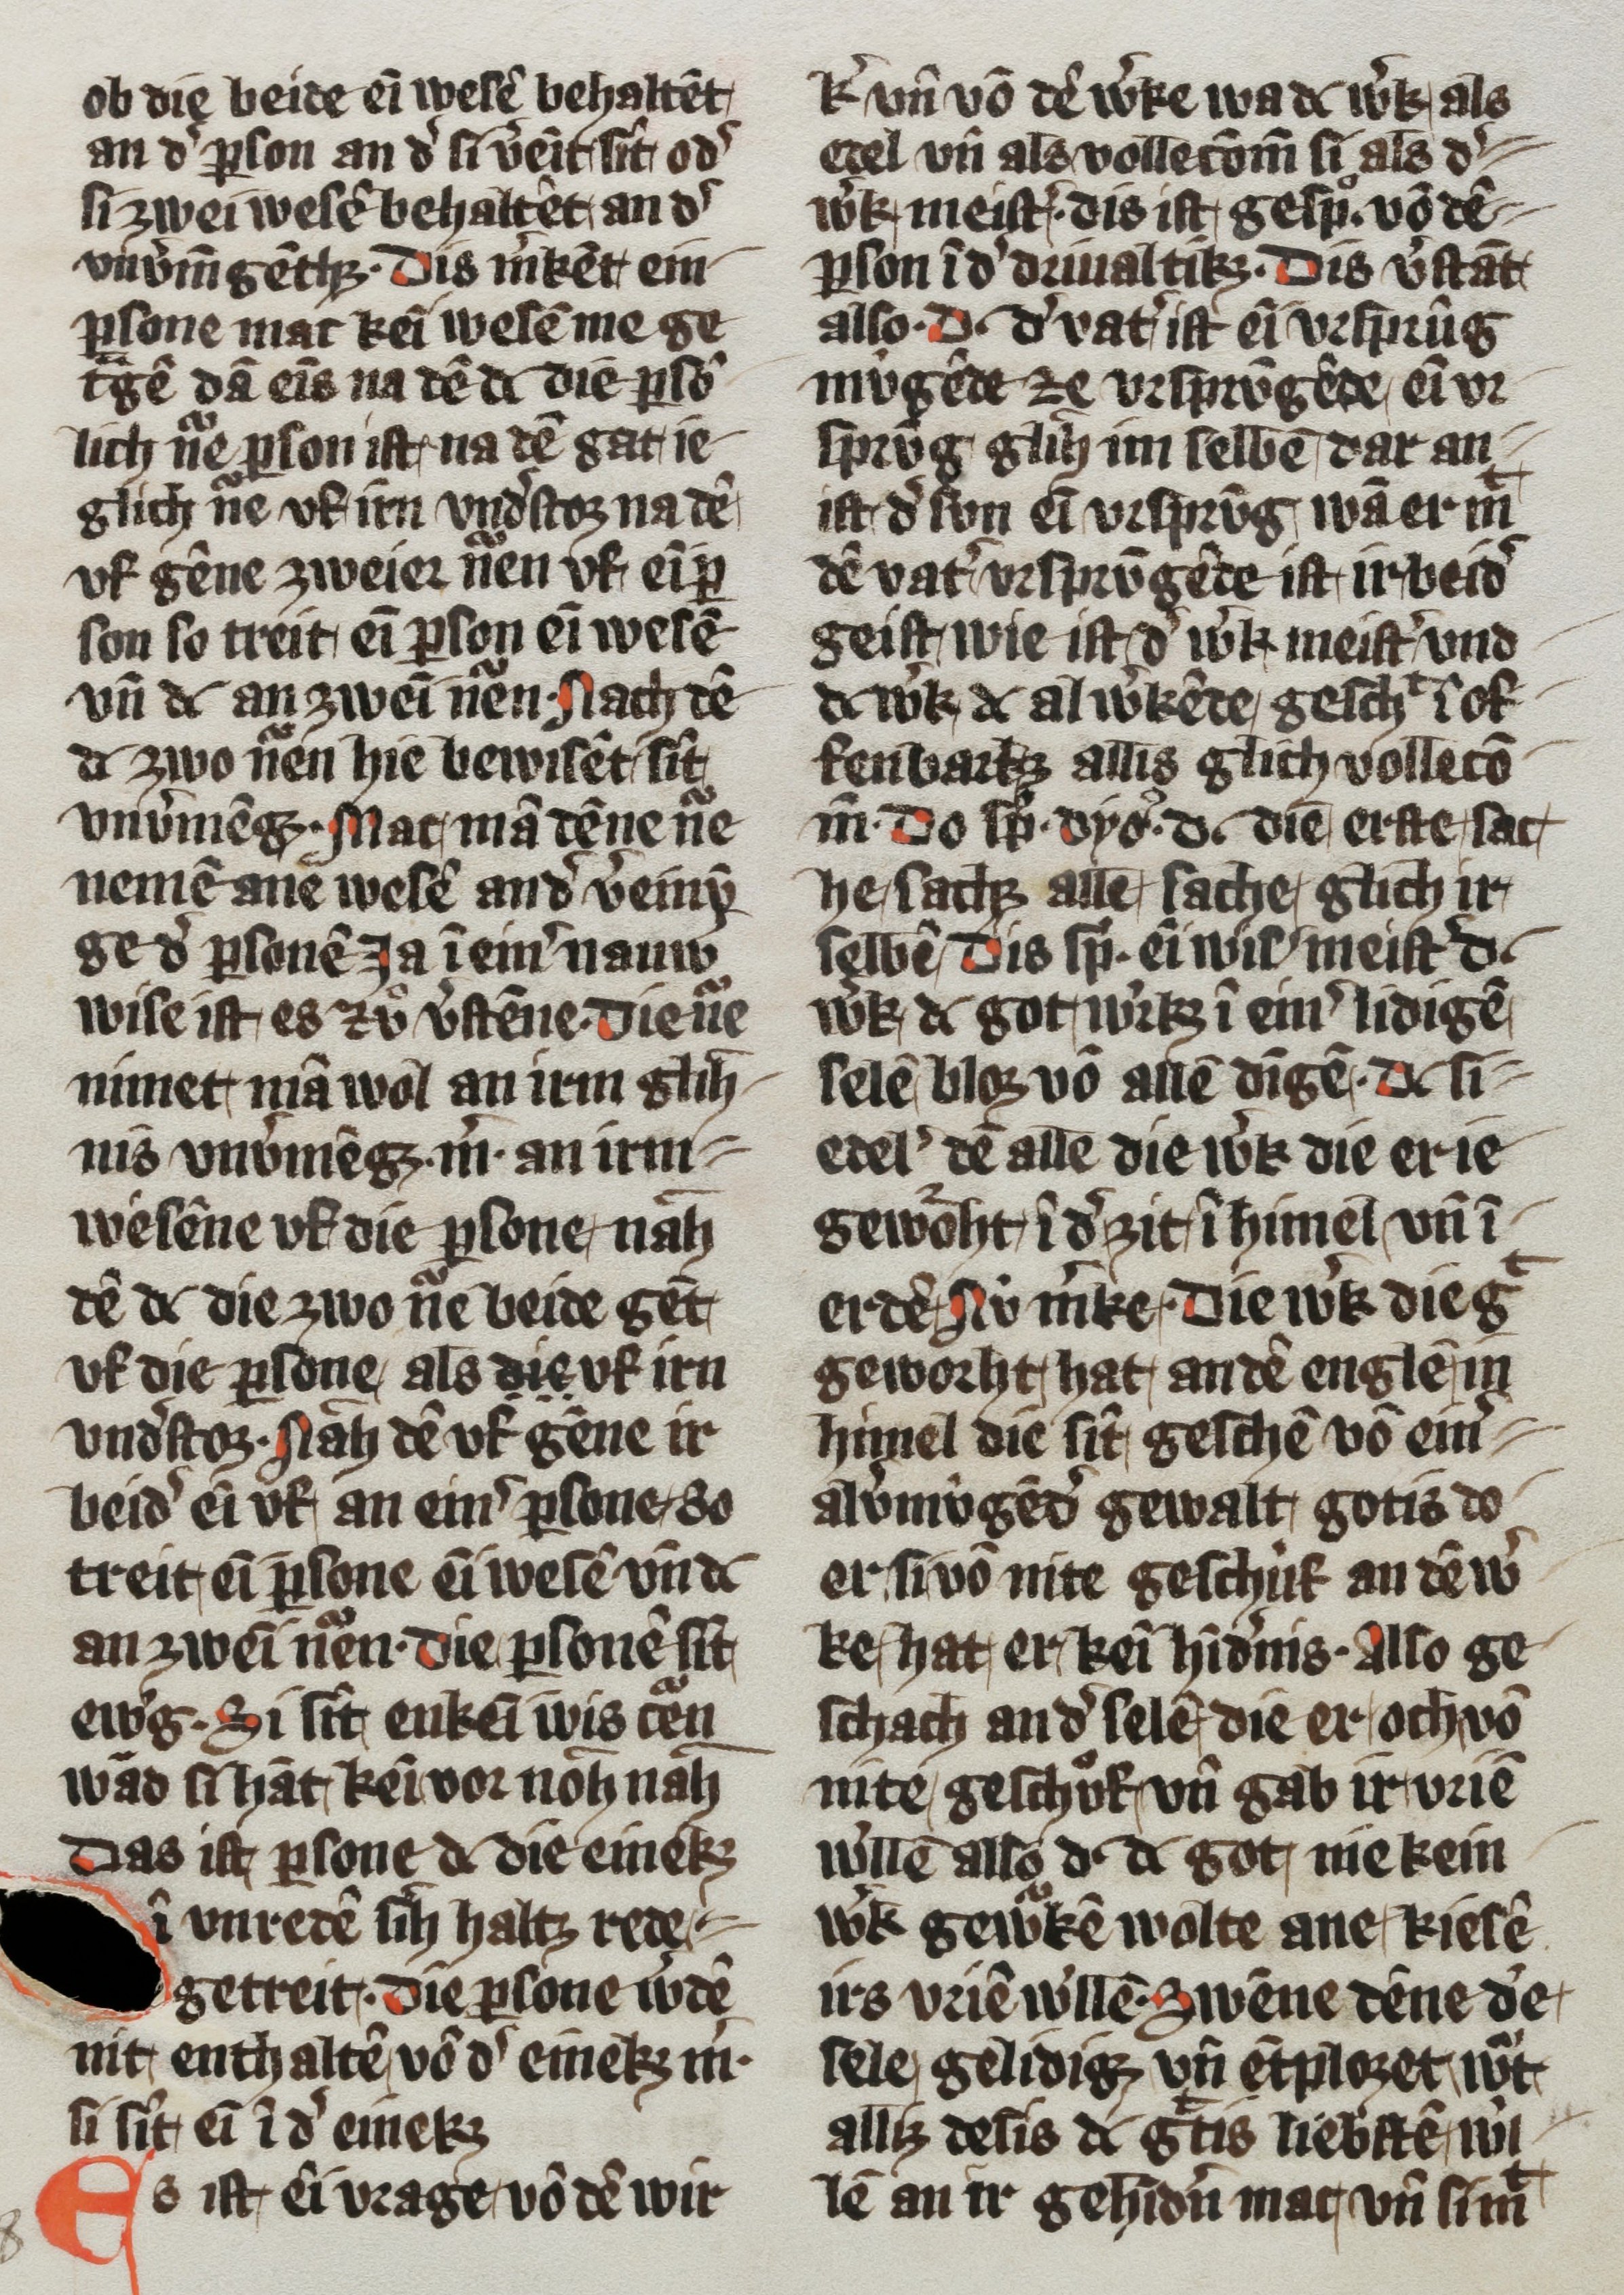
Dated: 1350–1374